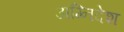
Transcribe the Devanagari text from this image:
अग्निदेश